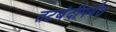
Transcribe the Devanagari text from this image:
तटबंदीपर्यंत